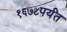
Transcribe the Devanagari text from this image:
१६७८पर्यंत